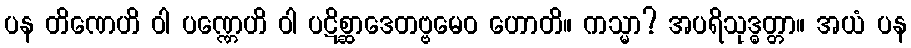
ပန တိဏေဟိ ဝါ ပဏ္ဏေဟိ ဝါ ပဋိစ္ဆာဒေတဗ္ဗမေဝ ဟောတိ။ ကသ္မာ? အပရိသုဒ္ဓတ္တာ။ အယံ ပန